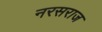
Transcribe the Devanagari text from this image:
नरसराज